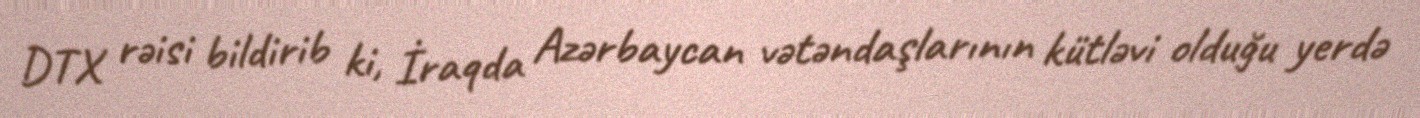
DTX rəisi bildirib ki, İraqda Azərbaycan vətəndaşlarının kütləvi olduğu yerdə